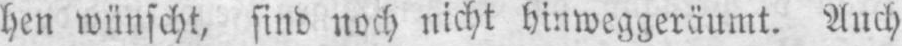
hen wünscht, sind noch nicht hinweggeräumt. Auch